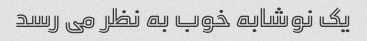
یک نوشابه خوب به نظر می رسد